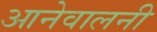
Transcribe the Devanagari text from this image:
आनेवालनी